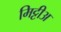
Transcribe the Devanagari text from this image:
मिट्टीअ